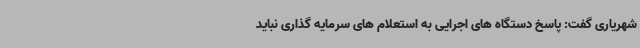
شهریاری گفت: پاسخ دستگاه های اجرایی به استعلام های سرمایه گذاری نباید